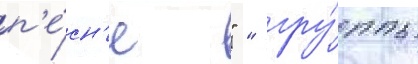
п'е́сн'е " " гру́ппы